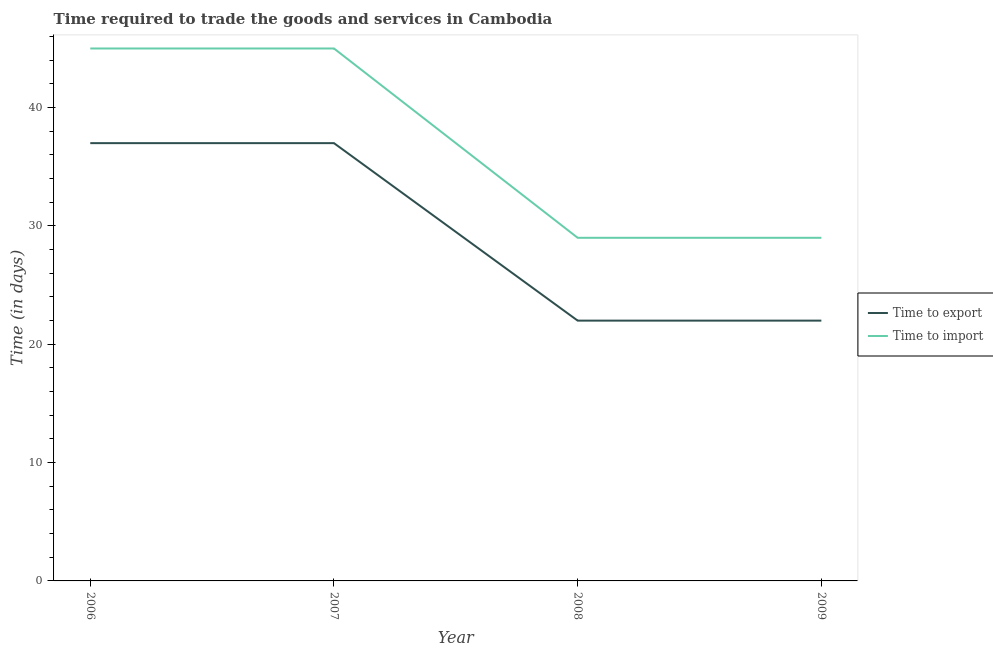
| Year | Time to export | Time to import |
 | --- | --- | --- |
 | 2006 | 37 | 45 |
 | 2007 | 37 | 45 |
 | 2008 | 22 | 29 |
 | 2009 | 22 | 29 |